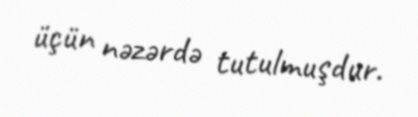
üçün nəzərdə tutulmuşdur.